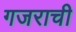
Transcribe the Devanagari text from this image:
गजराची